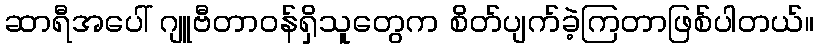
ဆာရီအပေါ် ဂျူဗီတာဝန်ရှိသူတွေက စိတ်ပျက်ခဲ့ကြတာဖြစ်ပါတယ်။